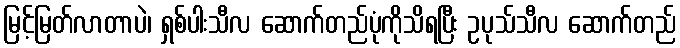
မြင့်မြတ်လာတာပဲ၊ ရှစ်ပါးသီလ ဆောက်တည်ပုံကိုသိရပြီး ဥပုသ်သီလ ဆောက်တည်